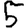
Digit: 5